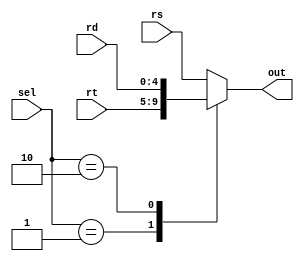
module mux_3to1 (
    input [4:0] rs,
    input [4:0] rt,
    input [4:0] rd,
    input [1:0] sel,
    output reg [4:0] out
);
    always @(*) begin
        case(sel)
            2'b00: out = rs;
            2'b01: out = rt;
            2'b10: out = rd;
            default: out = rs;
        endcase
    end
endmodule